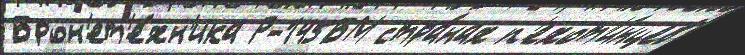
Брон'ет'е́хн'ика Р-145БМ стра́нах п'ехот'и́нцев